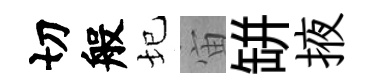
切般圮宙缾掖